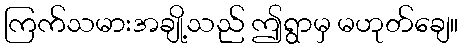
ကြက်သမားအချို့သည် ဤရွာမှ မဟုတ်ချေ။